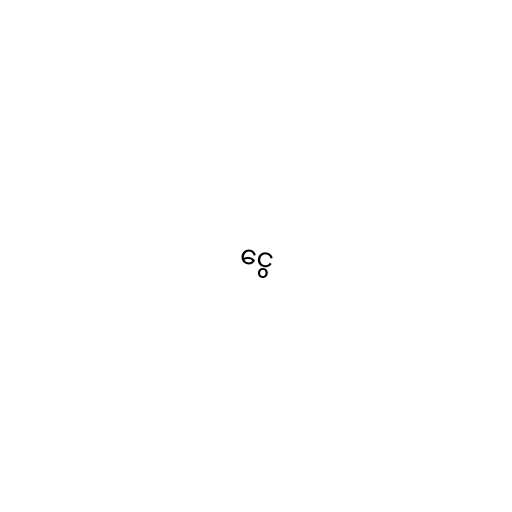
ငွေ